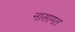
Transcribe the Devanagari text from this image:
नासागत